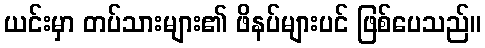
ယင်းမှာ တပ်သားများ၏ ဖိနပ်များပင် ဖြစ်ပေသည်။